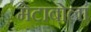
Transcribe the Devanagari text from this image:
मेटाबोला